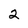
Character: 2